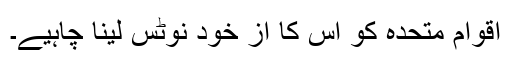
اقوام متحدہ کو اس کا از خود نوٹس لینا چاہیے۔